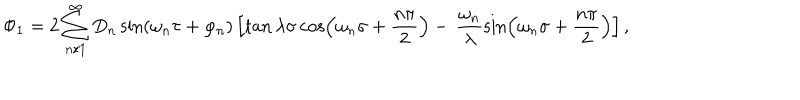
\Phi _ { 1 } = 2 \sum _ { n / 1 } ^ { \infty } D _ { n } \sin ( \omega _ { n } \tau + \varphi _ { n } ) \left[ \tan \lambda \sigma \cos \left( \omega _ { n } \sigma + \frac { n \pi } { 2 } \right) - \, \frac { \omega _ { n } } { \lambda } \sin \left( \omega _ { n } \sigma + \frac { n \pi } { 2 } \right) \right] ,